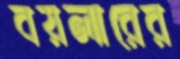
বয়লারের